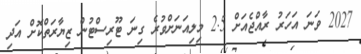
2027 ވަނަ އަހަރު ރާއްޖެއަށް 2.5 މިލިއަނަށްވުރެ ގިނަ ޓޫރިސްޓުން ޒިޔާރަތްކޮށް އަދި